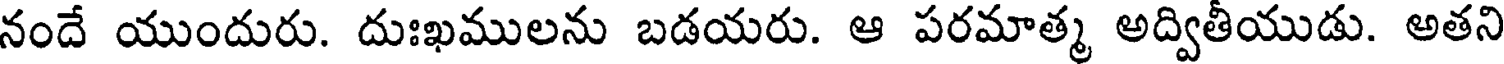
నందే యుందురు. దుఃఖములను బడయరు. ఆ పరమాత్మ అద్వితీయుడు. అతని